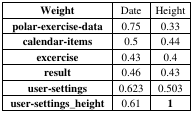
| Weight | Date | Height |
 | --- | --- | --- |
 | polar-exercise-data | 0.75 | 0.33 |
 | calendar-items | 0.5 | 0.44 |
 | excercise | 0.43 | 0.4 |
 | result | 0.46 | 0.43 |
 | user-settings | 0.623 | 0.503 |
 | user-settings_height | 0.61 | 1 |